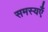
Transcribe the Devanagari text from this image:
समस्यएँ